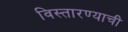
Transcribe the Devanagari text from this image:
विस्तारण्याची